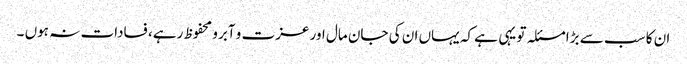
ان کا سب سے بڑا مسئلہ تو یہی ہے کہ یہاں ان کی جان مال اور عزت و آبرو محفوظ رہے، فسادات نہ ہوں ۔